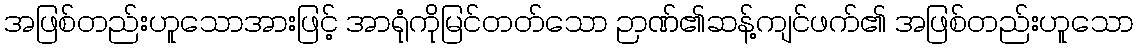
အဖြစ်တည်းဟူသောအားဖြင့် အာရုံကိုမြင်တတ်သော ဉာဏ်၏ဆန့်ကျင်ဖက်၏ အဖြစ်တည်းဟူသော